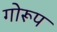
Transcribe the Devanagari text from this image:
गोरूप